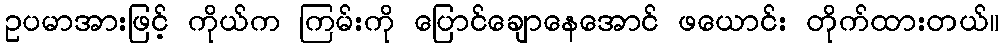
ဥပမာအားဖြင့် ကိုယ်က ကြမ်းကို ပြောင်ချောနေအောင် ဖယောင်း တိုက်ထားတယ်။